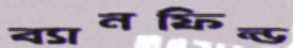
ব্যানফিল্ড